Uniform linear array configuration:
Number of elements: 64
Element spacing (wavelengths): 0.5
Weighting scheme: uniform
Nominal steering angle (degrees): -45
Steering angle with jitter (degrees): -45.349
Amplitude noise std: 0.05
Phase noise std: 0.05

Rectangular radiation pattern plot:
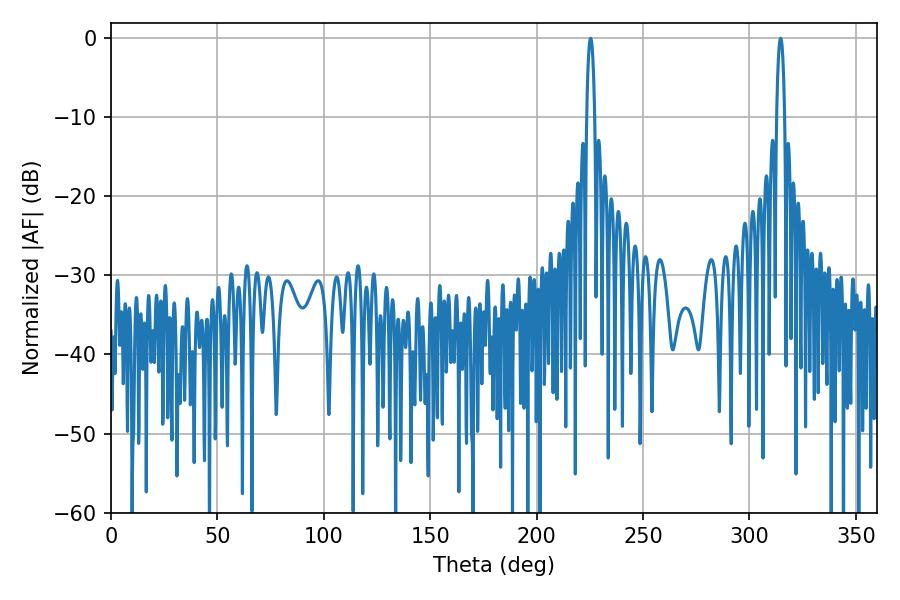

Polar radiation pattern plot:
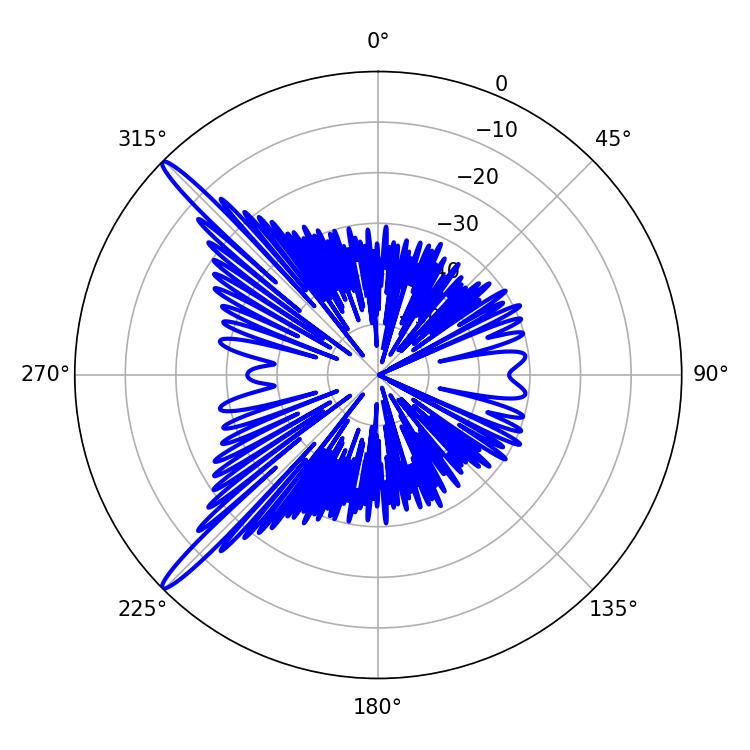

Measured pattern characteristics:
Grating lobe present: FALSE
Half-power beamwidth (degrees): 2.16
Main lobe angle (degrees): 225.36